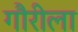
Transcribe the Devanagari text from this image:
गौरीला